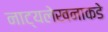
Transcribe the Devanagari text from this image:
नाट्यलेखनाकडे